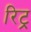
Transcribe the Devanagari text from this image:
रिट्र